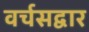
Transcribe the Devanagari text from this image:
वर्चसद्वार